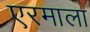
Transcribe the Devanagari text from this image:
एरमाला